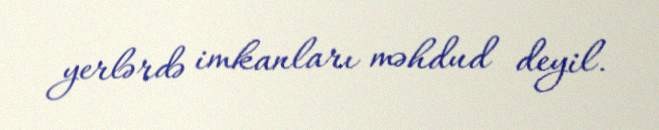
yerlərdə imkanları məhdud deyil.